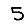
Digit: 5